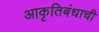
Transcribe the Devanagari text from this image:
आकृतिबंधाची